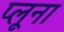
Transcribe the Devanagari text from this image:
प्लूना